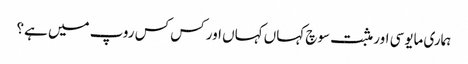
ہماری مایوسی اور مثبت سوچ کہاں کہاں اور کس کس روپ میں ہے؟